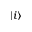
| i \rangle